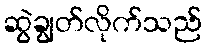
ဆွဲချွတ်လိုက်သည်